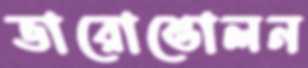
ভারোত্তোলন